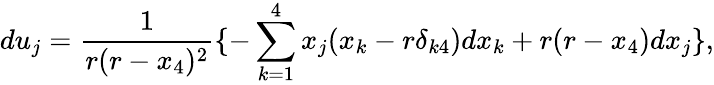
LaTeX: du_{j}=\frac 1{r(r-x_{4})^{2}}\{ -\sum_{k=1}^{4}x_{j}(x_{k}-r\delta_{k4})dx_{k}+r(r-x_{4})dx_{j}\} ,